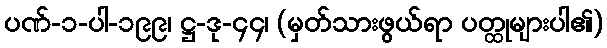
ပဏ်-၁-ပါ-၁၉၉၊ ဋ္ဌ-ဒု-၄၄၊ (မှတ်သားဖွယ်ရာ ပတ္ထုများပါ၏)